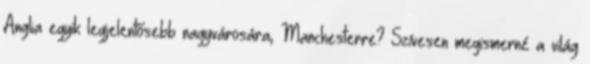
Anglia egyik legjelentősebb nagyvárosára, Manchesterre? Szívesen megismerné a világ